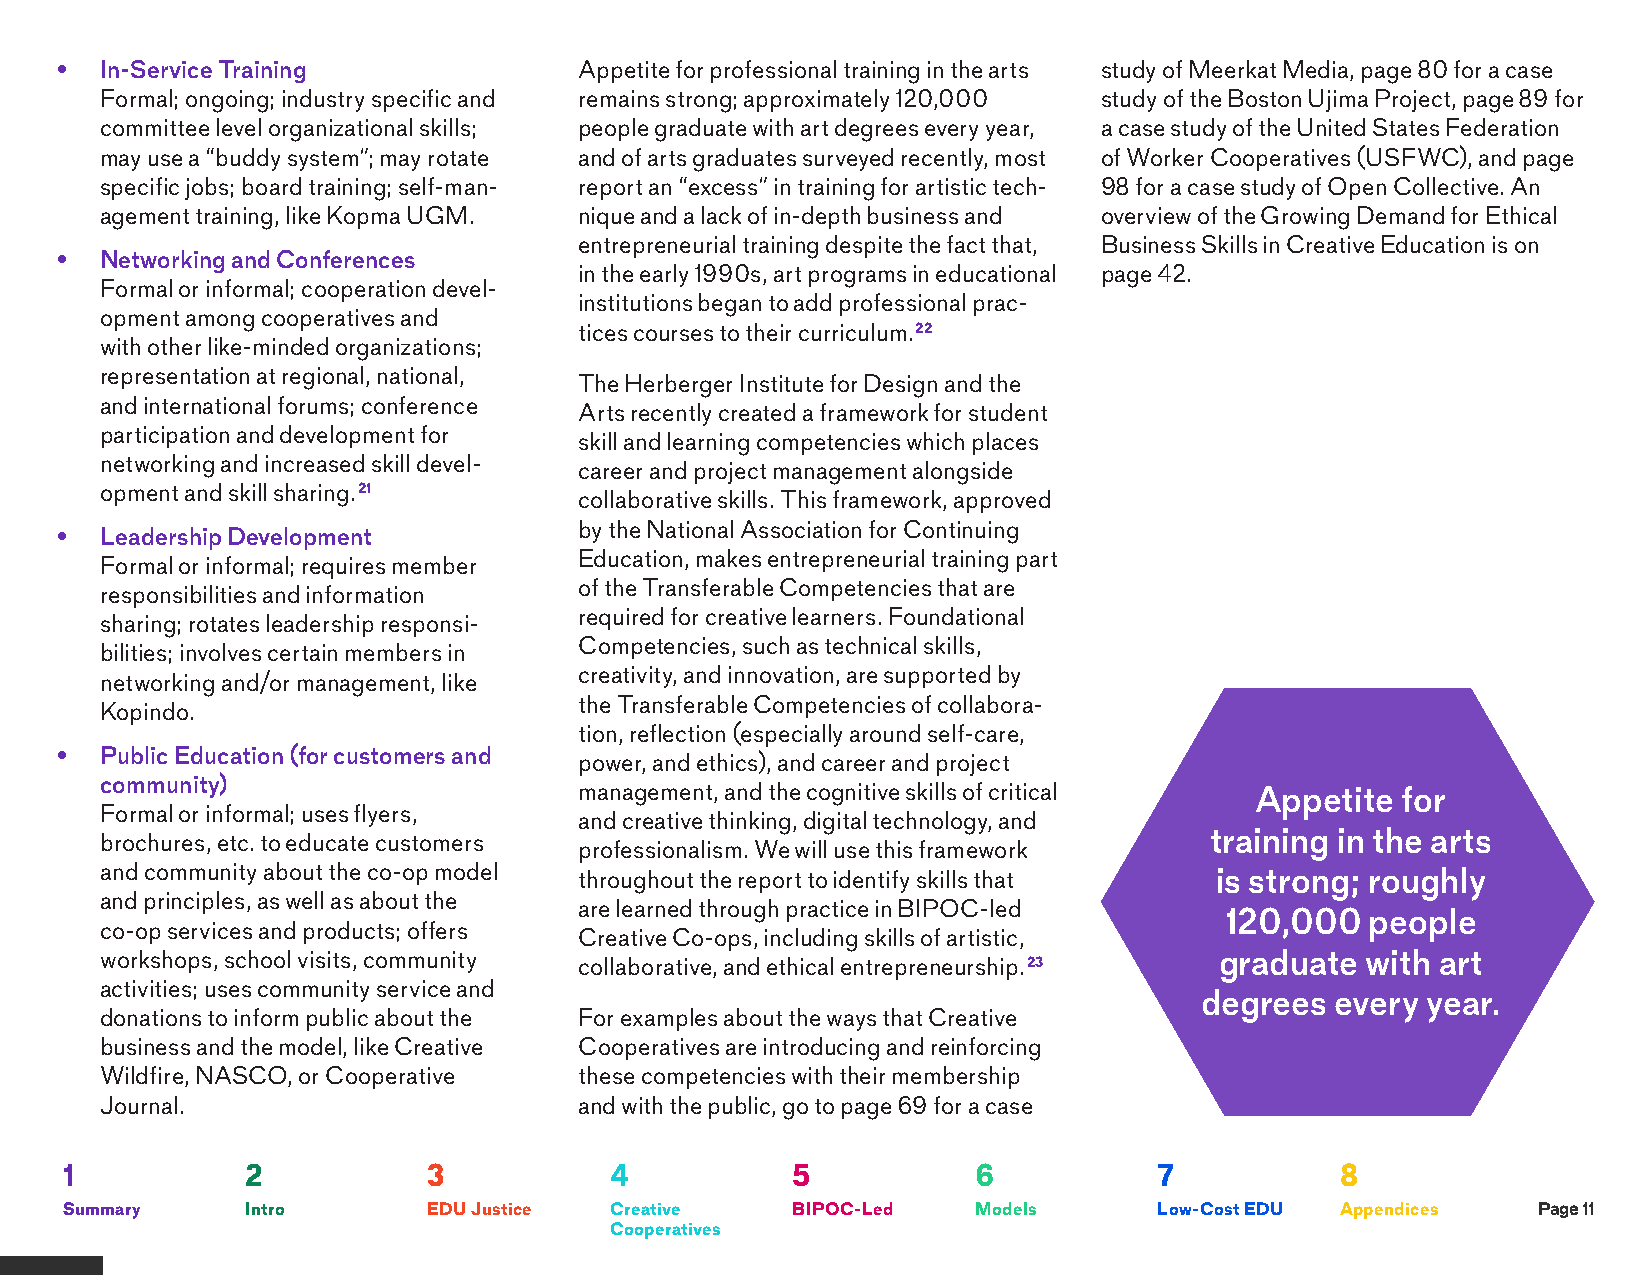
•  In-Service Training            Appetite for professional training in the arts study of Meerkat Media, page 80 for a case
 Formal; ongoing; industry specific and remains strong; approximately 120,000 study of the Boston Ujima Project, page 89 for
 committee level organizational skills; people graduate with art degrees every year, a case study of the United States Federation
 may use a “buddy system”; may rotate and of arts graduates surveyed recently, most of Worker Cooperatives (USFWC), and page
 specific jobs; board training; self-man- report an “excess” in training for artistic tech- 98 for a case study of Open Collective. An
 agement training, like Kopma UGM. nique and a lack of in-depth business and overview of the Growing Demand for Ethical
 entrepreneurial training despite the fact that, Business Skills in Creative Education is on
 •  Networking and Conferences
 in the early 1990s, art programs in educational page 42.
 Formal or informal; cooperation devel-
 institutions began to add professional prac-
 opment among cooperatives and
 tices courses to their curriculum.22
 with other like-minded organizations;
 representation at regional, national,
 The Herberger Institute for Design and the
 and international forums; conference
 Arts recently created a framework for student
 participation and development for
 skill and learning competencies which places
 networking and increased skill devel-
 career and project management alongside
 opment and skill sharing.21
 collaborative skills. This framework, approved
 by the National Association for Continuing
 •  Leadership Development
 Education, makes entrepreneurial training part
 Formal or informal; requires member
 of the Transferable Competencies that are
 responsibilities and information
 required for creative learners. Foundational
 sharing; rotates leadership responsi-
 Competencies, such as technical skills,
 bilities; involves certain members in
 creativity, and innovation, are supported by
 networking and/or management, like
 the Transferable Competencies of collabora-
 Kopindo.
 tion, reflection (especially around self-care,
 •  Public Education (for customers and
 power, and ethics), and career and project
 community)
 management, and the cognitive skills of critical Appetite for
 Formal or informal; uses flyers,
 and creative thinking, digital technology, and
 training in the arts
 brochures, etc. to educate customers
 professionalism. We will use this framework
 and community about the co-op model throughout the report to identify skills that is strong; roughly
 and principles, as well as about the
 are learned through practice in BIPOC-led
 120,000   people
 co-op services and products; offers
 Creative Co-ops, including skills of artistic,
 workshops, school visits, community                                       graduate with art
 collaborative, and ethical entrepreneurship.23
 activities; uses community service and
 degrees  every year.
 donations to inform public about the For examples about the ways that Creative
 business and the model, like Creative Cooperatives are introducing and reinforcing
 Wildfire, NASCO, or Cooperative these competencies with their membership
 Journal.                       and with the public, go to page 69 for a case
 1           2           3           4           5            6           7           8
 Summary     Intro       EDU Justice Creative    BIPOC-Led    Models      Low-Cost EDU Appendices  Page 11
 Cooperatives